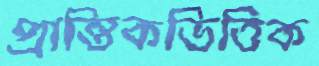
প্রান্তিকভিত্তিক